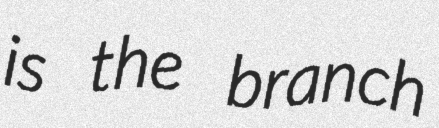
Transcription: is the branch